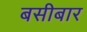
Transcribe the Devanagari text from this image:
बसीबार